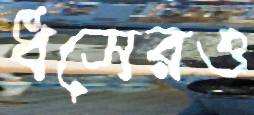
ধসেরও